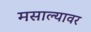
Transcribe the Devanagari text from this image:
मसाल्यावर